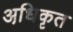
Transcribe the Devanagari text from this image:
अधि़कृत